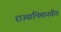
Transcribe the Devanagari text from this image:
राज्याभिमानगीत